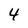
Character: 4